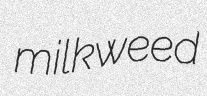
milkweed